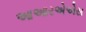
આઆરએએસ